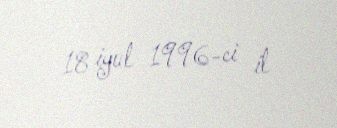
18 iyul 1996-ci il